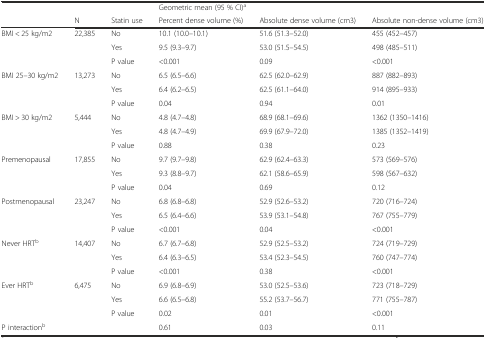
<table><thead><tr><td></td><td></td><td></td><td colspan="3"><b>Geometric mean (95 % CI)<sup>a</sup></b></td></tr><tr><td></td><td><b>N</b></td><td><b>Statin use</b></td><td><b>Percent dense volume (%)</b></td><td><b>Absolute dense volume (cm3)</b></td><td><b>Absolute non-dense volume (cm3)</b></td></tr></thead><tbody><tr><td rowspan="2">BMI &lt; 25 kg/m2</td><td rowspan="2">22,385</td><td>No</td><td>10.1 (10.0–10.1)</td><td>51.6 (51.3–52.0)</td><td>455 (452–457)</td></tr><tr><td>Yes</td><td>9.5 (9.3–9.7)</td><td>53.0 (51.5–54.5)</td><td>498 (485–511)</td></tr><tr><td></td><td></td><td>P value</td><td>&lt;0.001</td><td>0.09</td><td>&lt;0.001</td></tr><tr><td rowspan="2">BMI 25–30 kg/m2</td><td rowspan="2">13,273</td><td>No</td><td>6.5 (6.5–6.6)</td><td>62.5 (62.0–62.9)</td><td>887 (882–893)</td></tr><tr><td>Yes</td><td>6.4 (6.2–6.5)</td><td>62.5 (61.1–64.0)</td><td>914 (895–933)</td></tr><tr><td></td><td></td><td>P value</td><td>0.04</td><td>0.94</td><td>0.01</td></tr><tr><td rowspan="2">BMI &gt; 30 kg/m2</td><td rowspan="2">5,444</td><td>No</td><td>4.8 (4.7–4.8)</td><td>68.9 (68.1–69.6)</td><td>1362 (1350–1416)</td></tr><tr><td>Yes</td><td>4.8 (4.7–4.9)</td><td>69.9 (67.9–72.0)</td><td>1385 (1352–1419)</td></tr><tr><td></td><td></td><td>P value</td><td>0.88</td><td>0.38</td><td>0.23</td></tr><tr><td>Premenopausal</td><td>17,855</td><td>No</td><td>9.7 (9.7–9.8)</td><td>62.9 (62.4–63.3)</td><td>573 (569–576)</td></tr><tr><td></td><td></td><td>Yes</td><td>9.3 (8.8–9.7)</td><td>62.1 (58.6–65.9)</td><td>598 (567–632)</td></tr><tr><td></td><td></td><td>P value</td><td>0.04</td><td>0.69</td><td>0.12</td></tr><tr><td>Postmenopausal</td><td>23,247</td><td>No</td><td>6.8 (6.8–6.8)</td><td>52.9 (52.6–53.2)</td><td>720 (716–724)</td></tr><tr><td></td><td></td><td>Yes</td><td>6.5 (6.4–6.6)</td><td>53.9 (53.1–54.8)</td><td>767 (755–779)</td></tr><tr><td></td><td></td><td>P value</td><td>&lt;0.001</td><td>0.04</td><td>&lt;0.001</td></tr><tr><td>Never HRT<sup>b</sup></td><td>14,407</td><td>No</td><td>6.7 (6.7–6.8)</td><td>52.9 (52.5–53.2)</td><td>724 (719–729)</td></tr><tr><td></td><td></td><td>Yes</td><td>6.4 (6.3–6.5)</td><td>53.4 (52.3–54.5)</td><td>760 (747–774)</td></tr><tr><td></td><td></td><td>P value</td><td>&lt;0.001</td><td>0.38</td><td>&lt;0.001</td></tr><tr><td>Ever HRT<sup>b</sup></td><td>6,475</td><td>No</td><td>6.9 (6.8–6.9)</td><td>53.0 (52.5–53.6)</td><td>723 (718–729)</td></tr><tr><td></td><td></td><td>Yes</td><td>6.6 (6.5–6.8)</td><td>55.2 (53.7–56.7)</td><td>771 (755–787)</td></tr><tr><td></td><td></td><td>P value</td><td>0.02</td><td>0.01</td><td>&lt;0.001</td></tr><tr><td>P interaction<sup>b</sup></td><td></td><td></td><td>0.61</td><td>0.03</td><td>0.11</td></tr></tbody></table>